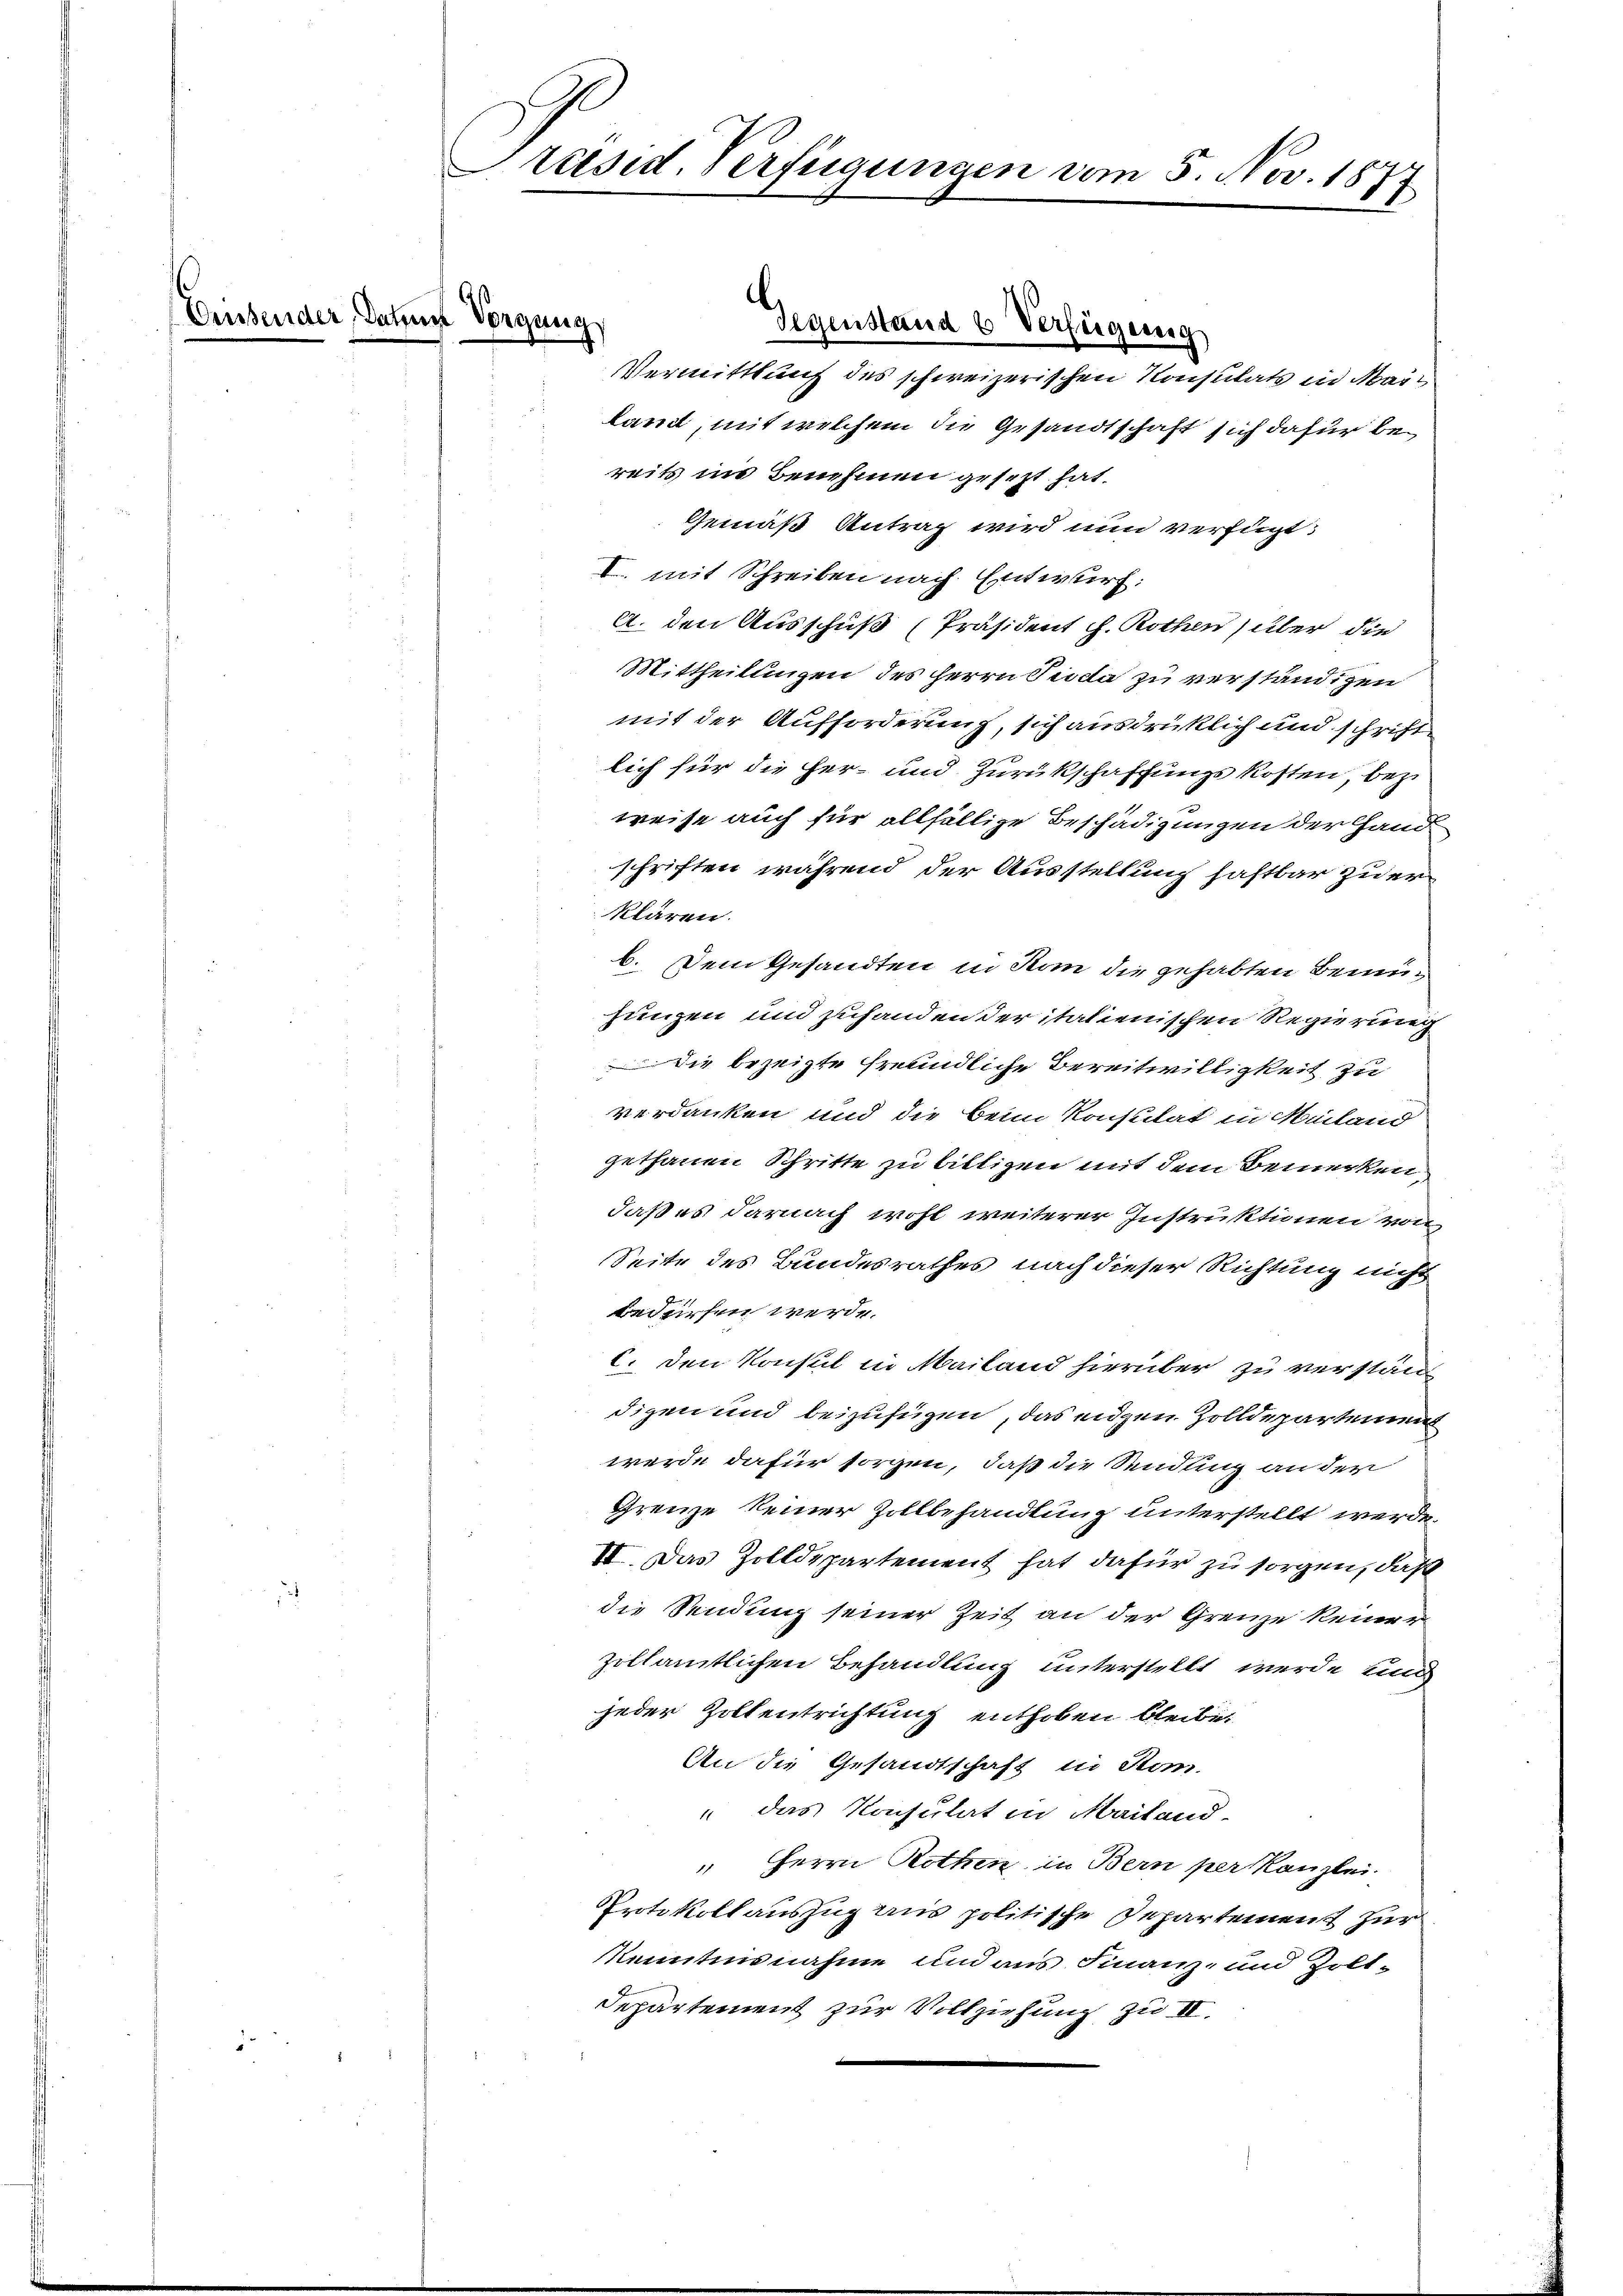
Diesender

E

räsid. Verfügungen vom 5. Nov. 1877

Vorgung
Gegenstand 6 Verfügung

Vermittlung des schweizerischen Konsulats in Mailand, mit welchem die Gesandtschaft sich dafür bereits ins Benehmen gesezt hat.
Gemäß Antrag wird nun verfügt:
I. mit Schreiben nach Entwurf:
A. den Ausschuß (Präsident J. Rothen über die
Mittheilungen des Herrn Puda zu verständigen
mit der Aufforderung, sich ausdrücklich und schrift
lich für die Her- und Zurückschaffungskosten, bez
weise auch für allfällige Beschädigungen der Handschriften, während der Ausstellung haftbar zu erklären.
b. Dem Gesandten in Kan die gehabten Bemüjungen und zuhanden der italienischen Regierung
Die bezeigte freundliche Bereitwilligkeit zu
verdanken und die beim Konsulat in Meiland
gethanen Schritte zu billigen mit dem Bemerken
daß es darnach wohl weiterer Instruktionen von
Seite des Bundesrathes nach dieser Richtung nicht
bedürfen werde.
c. den Konsul in Mailand hierüber zu verstän
digen und beizufügen, das eigen Zolldepartemen
werde dafür sorgen, daß die Sendung an der
Grenze keiner Zollbehandlung unterstellt werde.
II. Das Zolldepartement hat dafür zu sorgen, daß
die Sendung seiner Zeit an der Grenze keiner
zollamtlichen Behandlung unterstellt werde und
jeder Zollentrichtung enthoben bleibe.
An die Gesandtschaft in Stom-
 das Konsulat in Mailand-
 Herrn Rothen, in Bern per Kanzlei.
Protokoll auszug aus politische Departement zur
Kenntnisnahme und aus Finanz- und Zolt-
Departement zur Vollziehung zu IV.